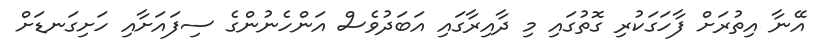
އޭނާ އިތުރަށް ފާހަގަކުރި ގޮތުގައި މި ދާއިރާގައި އަބަދުވެސް އަންހެނުންގެ ސިފައަށާއި ހަށިގަނޑަށް